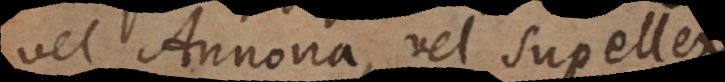
vel Annona, vel Supellex,